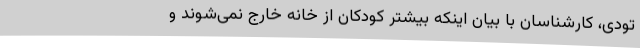
تودی، کارشناسان با بیان اینکه بیشتر کودکان از خانه خارج نمی‌شوند و